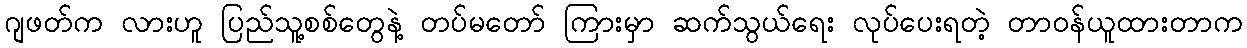
ဂျဖတ်က လားဟူ ပြည်သူ့စစ်တွေနဲ့ တပ်မတော် ကြားမှာ ဆက်သွယ်ရေး လုပ်ပေးရတဲ့ တာဝန်ယူထားတာက